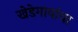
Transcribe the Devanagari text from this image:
खेडेगावांचा